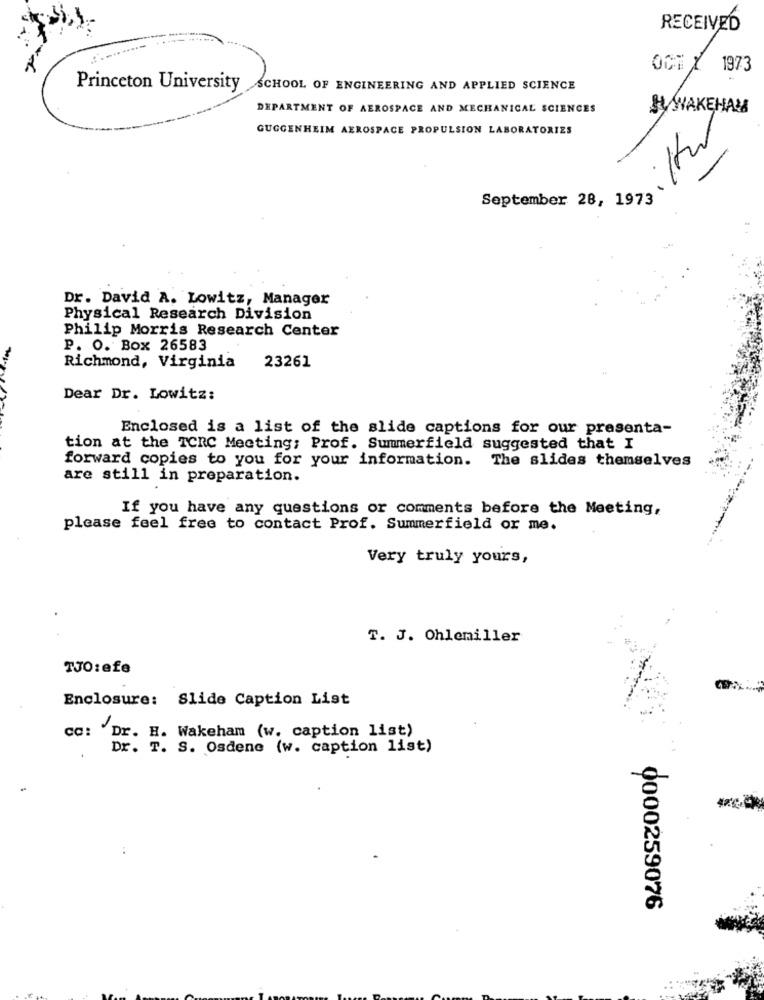
RECEIVED
--------
1973
Princeton University SCHOOL OF ENGINEERING AND APPLIED SCIENCE
DEPARTMENT OF AEROSPACE AND MECHANICAL SCIENCES
HY WAKĘHAN
GUGGENHEIM AEROSPACE PROPULSION LABORATORIES
September 28, 1973
Dr. David A. Lowitz, Manager
Physical Research Division
Philip Morris Research Center
P. O. Box 26583
Richmond, Virginia
23261
Dear Dr. Lowitz:
Enclosed is a list of the slide captions for our presenta-
tion at the TCRC Meeting; Prof. Summerfield suggested that I
forward copies to you for your information. The slides themselves
are still in preparation.
If you have any questions or comments before the Meeting,
please feel free to contact Prof. Summerfield or me.
Very truly yours,
T. J. Ohlemiller
TJ0:efe
Enclosure: Slide Caption List
cc: 'Dr. H. Wakeham (w. caption list)
Dr. T. S. Osdene (w. caption list)
0000259076